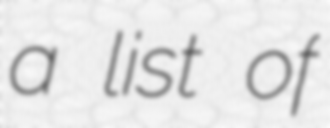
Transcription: a list of